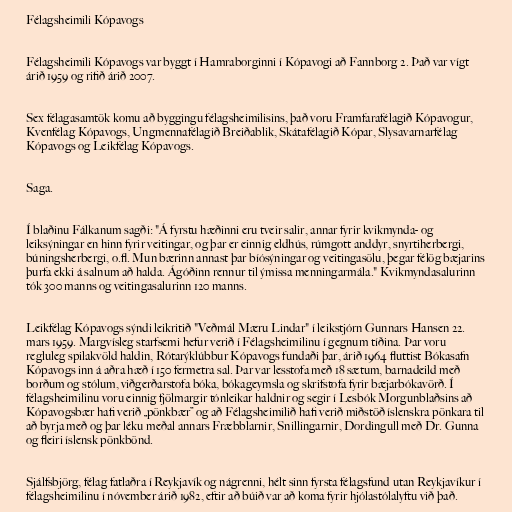
Félagsheimili Kópavogs

Félagsheimili Kópavogs var byggt í Hamraborginni í Kópavogi að Fannborg 2. Það var vígt
árið 1959 og rifið árið 2007.

Sex félagasamtök komu að byggingu félagsheimilisins, það voru Framfarafélagið Kópavogur,
Kvenfélag Kópavogs, Ungmennafélagið Breiðablik, Skátafélagið Kópar, Slysavarnarfélag
Kópavogs og Leikfélag Kópavogs.

Saga.

Í blaðinu Fálkanum sagði: "Á fyrstu hæðinni eru tveir salir, annar fyrir kvikmynda- og
leiksýningar en hinn fyrir veitingar, og þar er einnig eldhús, rúmgott anddyr, snyrtiherbergi,
búningsherbergi, o.fl. Mun bærinn annast þar bíósýningar og veitingasölu, þegar félög bæjarins
þurfa ekki á salnum að halda. Ágóðinn rennur til ýmissa menningarmála." Kvikmyndasalurinn
tók 300 manns og veitingasalurinn 120 manns.

Leikfélag Kópavogs sýndi leikritið "Veðmál Mæru Lindar" í leikstjórn Gunnars Hansen 22.
mars 1959. Margvísleg starfsemi hefur verið í Félagsheimilinu í gegnum tíðina. Þar voru
regluleg spilakvöld haldin, Rótarýklúbbur Kópavogs fundaði þar, árið 1964 fluttist Bókasafn
Kópavogs inn á aðra hæð í 150 fermetra sal. Þar var lesstofa með 18 sætum, barnadeild með
borðum og stólum, viðgerðarstofa bóka, bókageymsla og skrifstofa fyrir bæjarbókavörð. Í
félagsheimilinu voru einnig fjölmargir tónleikar haldnir og segir í Lesbók Morgunblaðsins að
Kópavogsbær hafi verið „pönkbær” og að Félagsheimilið hafi verið miðstöð íslenskra pönkara til
að byrja með og þar léku meðal annars Fræbblarnir, Snillingarnir, Dordingull með Dr. Gunna
og fleiri íslensk pönkbönd.

Sjálfsbjörg, félag fatlaðra í Reykjavík og nágrenni, hélt sinn fyrsta félagsfund utan Reykjavíkur í
félagsheimilinu í nóvember árið 1982, eftir að búið var að koma fyrir hjólastólalyftu við það.